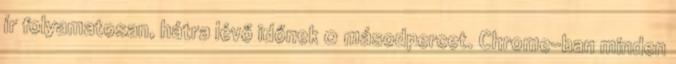
ír folyamatosan, hátra lévő időnek 0 másodpercet. Chrome-ban minden